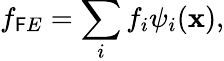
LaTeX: f_{\mathsf{F}E}=\sum_{i}f_{i}\psi_{i}(\mathbf{{x}}),